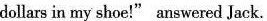
dollars in my shoe!" answered Jack.